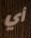
أي